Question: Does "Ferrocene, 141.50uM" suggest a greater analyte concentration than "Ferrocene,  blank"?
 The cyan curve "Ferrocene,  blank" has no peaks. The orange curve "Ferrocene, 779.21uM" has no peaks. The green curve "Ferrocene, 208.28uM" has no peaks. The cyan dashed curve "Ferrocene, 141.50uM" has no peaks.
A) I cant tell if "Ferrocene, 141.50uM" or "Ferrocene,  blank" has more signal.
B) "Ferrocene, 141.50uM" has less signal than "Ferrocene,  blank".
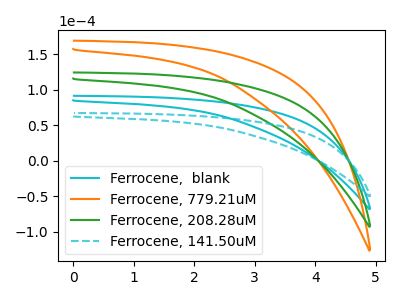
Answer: <think>Neither "Ferrocene, 141.50uM" or "Ferrocene,  blank" have any peaks.
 </think>
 <answer>A) I cant tell if "Ferrocene, 141.50uM" or "Ferrocene,  blank" has more signal.</answer>
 <eval>A</eval>